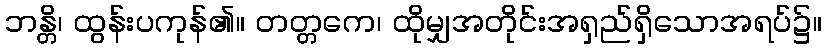
ဘန္တိ၊ ထွန်းပကုန်၏။ တတ္တကေ၊ ထိုမျှအတိုင်းအရှည်ရှိသောအရပ်၌။